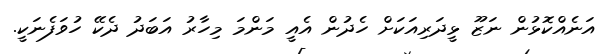
އަނެއްކޮޅުން ނަޒޫ ޅީދަރިއަކަށް ހެދުން އެއީ މަންމަ މިހާރު އަބަދު ދެކޭ ހުވަފެނަކީ.